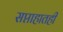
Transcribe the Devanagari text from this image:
सप्ताहातही